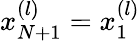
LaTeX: x_{N+1}^{(l)}=x_{1}^{(l)}